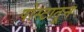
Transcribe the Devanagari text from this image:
पोस्टातून